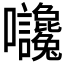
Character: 𡆙